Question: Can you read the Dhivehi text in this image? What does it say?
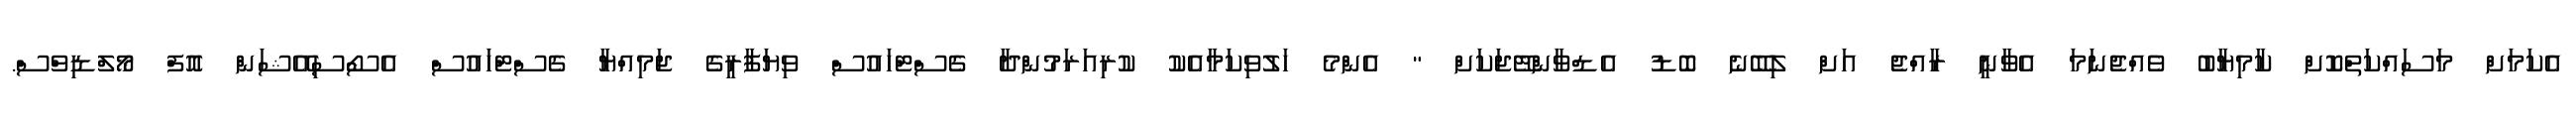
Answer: އެކަމަށް މަސައްކަތްކޮށް ކާމިޔާބު ވެއްޖެނަމަ އެވާނީ ރާއްޖެ އަށް ލިބޭނެ ބޮޑު އެޑްވާންޓޭޖަކަށް " އެންމެ ހަލުވިކަމާއެކު ކުރިއަރަމުންދާ ގެސްޓްހައުސް ވިޔަފާރީގެ ޖަމިއްޔާ ގެސްޓްހައުސް އެސޯސިއޭޝަން އޮފް މޯލްޑިވްސް.